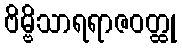
ဗိမ္ဗိသာရရာဇဝတ္ထု